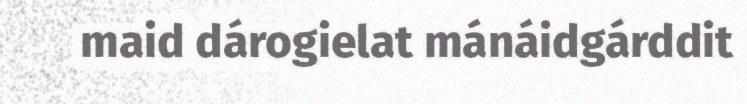
maid dárogielat mánáidgárddit